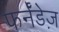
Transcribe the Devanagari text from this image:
फर्नॅंडेज़